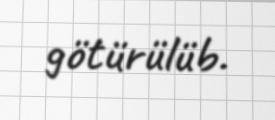
götürülüb.